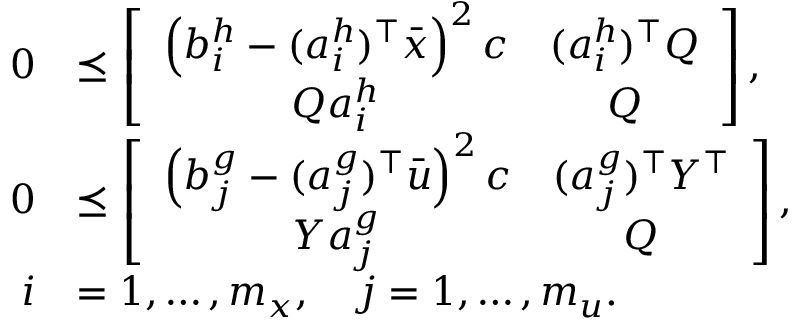
\begin{array} { r l } { 0 } & { \preceq \left[ \begin{array} { c c } { \left( b _ { i } ^ { h } - ( a _ { i } ^ { h } ) ^ { \top } \bar { x } \right) ^ { 2 } c } & { ( a _ { i } ^ { h } ) ^ { \top } Q } \\ { Q a _ { i } ^ { h } } & { Q } \end{array} \right] , } \\ { 0 } & { \preceq \left[ \begin{array} { c c } { \left( b _ { j } ^ { g } - ( a _ { j } ^ { g } ) ^ { \top } \bar { u } \right) ^ { 2 } c } & { ( a _ { j } ^ { g } ) ^ { \top } Y ^ { \top } } \\ { Y a _ { j } ^ { g } } & { Q } \end{array} \right] , } \\ { i } & { = 1 , \ldots , m _ { x } , \quad j = 1 , \ldots , m _ { u } . } \end{array}